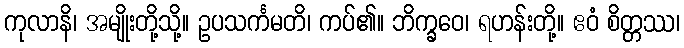
ကုလာနိ၊ အမျိုးတို့သို့။ ဥပသင်္ကမတိ၊ ကပ်၏။ ဘိက္ခဝေ၊ ရဟန်းတို့။ ဧဝံ စိတ္တဿ၊